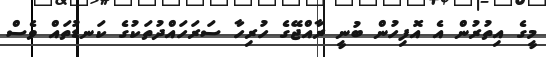
މީގެ އިތުރުން އެ އޮފިހުން ބުނީ ރާއްޖޭގެ ހުރިހާ ސަރަހައްދުތަކުގެ ކަނޑުތައް ވެސް